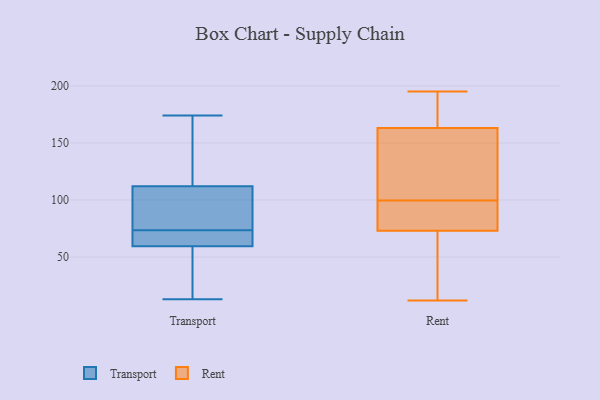
{"axis": {"x": "Waste Production (Tons)", "y": "Value"}, "legend": ["Rent", "Transport"], "data": [{"x": "", "y": 81, "type": "Transport"}, {"x": "", "y": 64, "type": "Transport"}, {"x": "", "y": 66, "type": "Transport"}, {"x": "", "y": 57, "type": "Transport"}, {"x": "", "y": 13, "type": "Transport"}, {"x": "", "y": 122, "type": "Transport"}, {"x": "", "y": 64, "type": "Transport"}, {"x": "", "y": 88, "type": "Transport"}, {"x": "", "y": 89, "type": "Transport"}, {"x": "", "y": 168, "type": "Transport"}, {"x": "", "y": 115, "type": "Transport"}, {"x": "", "y": 62, "type": "Transport"}, {"x": "", "y": 14, "type": "Transport"}, {"x": "", "y": 109, "type": "Transport"}, {"x": "", "y": 174, "type": "Transport"}, {"x": "", "y": 21, "type": "Transport"}, {"x": "", "y": 73, "type": "Rent"}, {"x": "", "y": 175, "type": "Rent"}, {"x": "", "y": 91, "type": "Rent"}, {"x": "", "y": 190, "type": "Rent"}, {"x": "", "y": 83, "type": "Rent"}, {"x": "", "y": 167, "type": "Rent"}, {"x": "", "y": 163, "type": "Rent"}, {"x": "", "y": 141, "type": "Rent"}, {"x": "", "y": 108, "type": "Rent"}, {"x": "", "y": 71, "type": "Rent"}, {"x": "", "y": 110, "type": "Rent"}, {"x": "", "y": 71, "type": "Rent"}, {"x": "", "y": 93, "type": "Rent"}, {"x": "", "y": 55, "type": "Rent"}, {"x": "", "y": 82, "type": "Rent"}, {"x": "", "y": 106, "type": "Rent"}, {"x": "", "y": 12, "type": "Rent"}, {"x": "", "y": 195, "type": "Rent"}]}